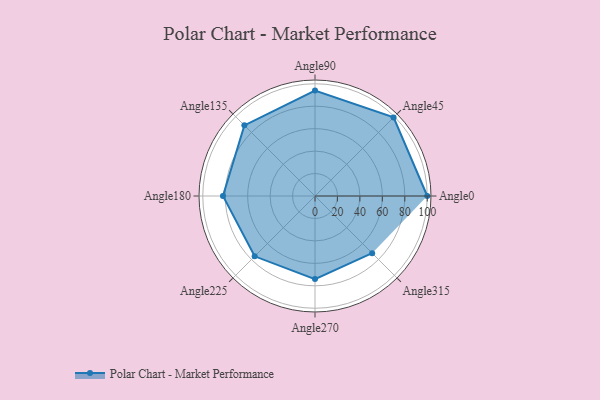
{"axis": {"x": "Angle", "y": "Radius"}, "legend": [""], "data": [{"x": "Angle0", "y": 100.0, "type": ""}, {"x": "Angle45", "y": 99.0, "type": ""}, {"x": "Angle90", "y": 94.0, "type": ""}, {"x": "Angle135", "y": 89.0, "type": ""}, {"x": "Angle180", "y": 82.0, "type": ""}, {"x": "Angle225", "y": 76.0, "type": ""}, {"x": "Angle270", "y": 74.0, "type": ""}, {"x": "Angle315", "y": 72.0, "type": ""}]}